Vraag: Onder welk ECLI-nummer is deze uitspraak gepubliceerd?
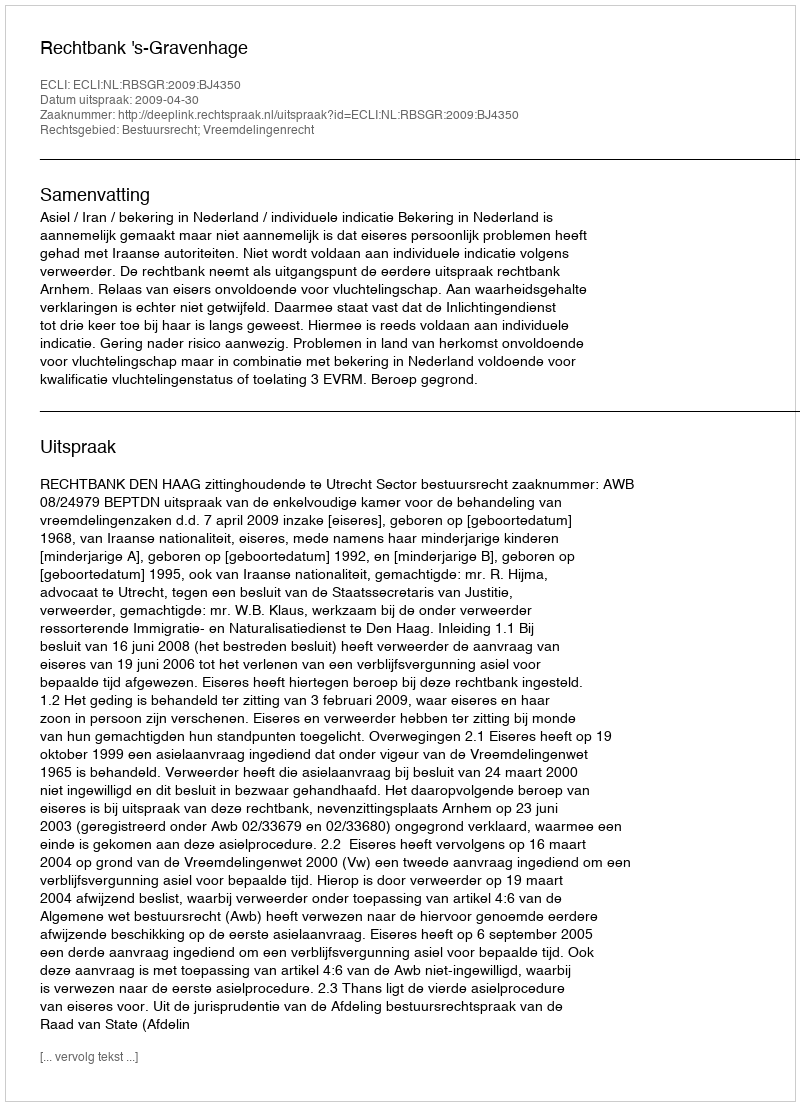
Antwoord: ECLI:NL:RBSGR:2009:BJ4350